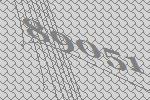
89051